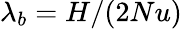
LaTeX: \lambda_{b}=H/(2Nu)